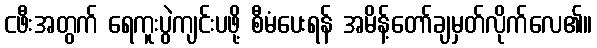
ငဖီးအတွက် ရေကူးပွဲကျင်းပဖို့ စီမံပေးရန် အမိန့်တော်ချမှတ်လိုက်လေ၏။